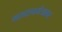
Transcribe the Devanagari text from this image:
मतदानयंत्रावर